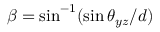
\beta = \sin ^ { - 1 } ( \sin \theta _ { y z } / d )